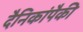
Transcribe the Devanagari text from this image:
दैनिकांपैकी